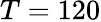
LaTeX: T=120